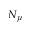
N _ { \mu }